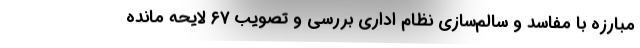
مبارزه با مفاسد و سالم‌سازی نظام اداری بررسی و تصویب ۶۷ لایحه مانده